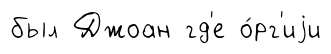
был Джоан гд'е о́рг'иjи